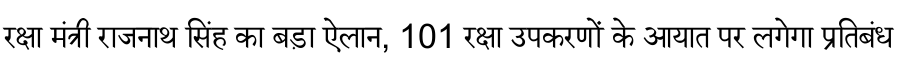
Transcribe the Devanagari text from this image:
रक्षा मंत्री राजनाथ सिंह का बड़ा ऐलान, 101 रक्षा उपकरणों के आयात पर लगेगा प्रतिबंध